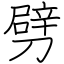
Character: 劈